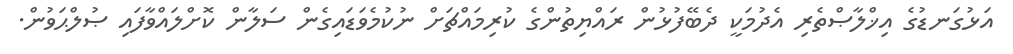
އަޅުގަނޑުގެ އިޚްލާޞްތެރި އެދުމަކީ ދެބޭފުޅުން ރައްޔިތުންގެ ކުރިމައްޗަށް ނުކުމެވަޑައިގެން ސަލާން ކޮށްލައްވާފައި ޞުލްޙަވުން.